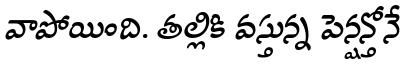
వాపోయింది. తల్లికి వస్తున్న పెన్షన్తోనే